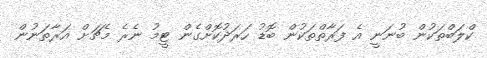
ކްލަބްތަކުން ބުނަނީ އެ ފަރާތްތަކުން ބޮޑު ހަރަދުކޮށްގެން ޓީމު ނެރެ މެޗަށް އަރާތަނުން